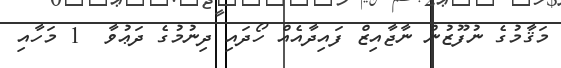
މަޤާމުގެ ނުފޫޒުން ނާޖާއިޒް ފައިދާއެއް ހޯދައި ދިނުމުގެ ދަޢުވާ  1 މަހާއި